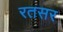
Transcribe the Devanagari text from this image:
रतसर